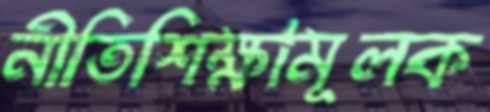
নীতিশিক্ষামূলক